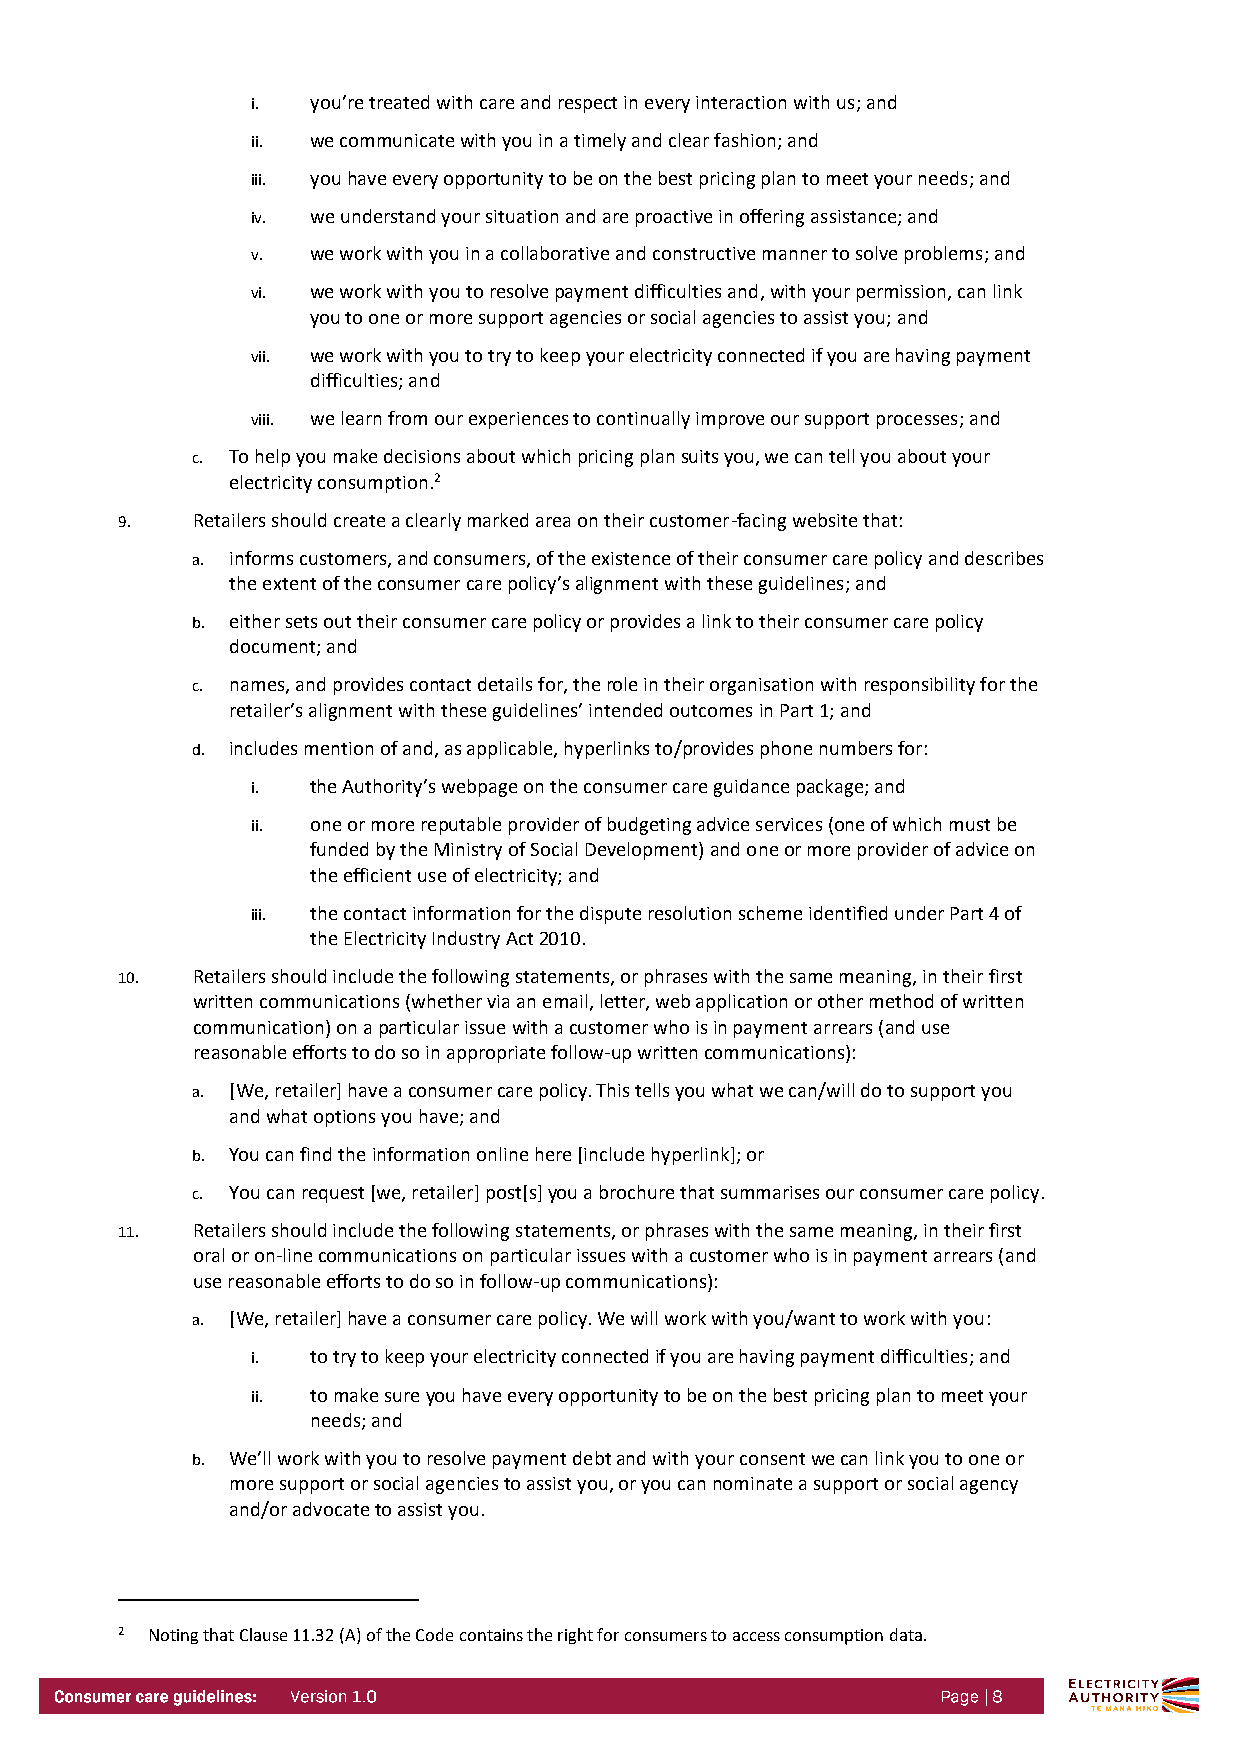
i.  you’re treated with care and respect in every interaction with us; and
 ii. we communicate with you in a timely and clear fashion; and
 iii. you have every opportunity to be on the best pricing plan to meet your needs; and
 iv. we understand your situation and are proactive in offering assistance; and
 v.  we work with you in a collaborative and constructive manner to solve problems; and
 vi. we work with you to resolve payment difficulties and, with your permission, can link
 you to one or more support agencies or social agencies to assist you; and
 vii. we work with you to try to keep your electricity connected if you are having payment
 difficulties; and
 viii. we learn from our experiences to continually improve our support processes; and
 c. To help you make decisions about which pricing plan suits you, we can tell you about your
 electricity consumption.2
 9.   Retailers should create a clearly marked area on their customer-facing website that:
 a. informs customers, and consumers, of the existence of their consumer care policy and describes
 the extent of the consumer care policy’s alignment with these guidelines; and
 b. either sets out their consumer care policy or provides a link to their consumer care policy
 document; and
 c. names, and provides contact details for, the role in their organisation with responsibility for the
 retailer’s alignment with these guidelines’ intended outcomes in Part 1; and
 d. includes mention of and, as applicable, hyperlinks to/provides phone numbers for:
 i.  the Authority’s webpage on the consumer care guidance package; and
 ii. one or more reputable provider of budgeting advice services (one of which must be
 funded by the Ministry of Social Development) and one or more provider of advice on
 the efficient use of electricity; and
 iii. the contact information for the dispute resolution scheme identified under Part 4 of
 the Electricity Industry Act 2010.
 10.  Retailers should include the following statements, or phrases with the same meaning, in their first
 written communications (whether via an email, letter, web application or other method of written
 communication) on a particular issue with a customer who is in payment arrears (and use
 reasonable efforts to do so in appropriate follow-up written communications):
 a. [We, retailer] have a consumer care policy. This tells you what we can/will do to support you
 and what options you have; and
 b. You can find the information online here [include hyperlink]; or
 c. You can request [we, retailer] post[s] you a brochure that summarises our consumer care policy.
 11.  Retailers should include the following statements, or phrases with the same meaning, in their first
 oral or on-line communications on particular issues with a customer who is in payment arrears (and
 use reasonable efforts to do so in follow-up communications):
 a. [We, retailer] have a consumer care policy. We will work with you/want to work with you:
 i.  to try to keep your electricity connected if you are having payment difficulties; and
 ii. to make sure you have every opportunity to be on the best pricing plan to meet your
 needs; and
 b. We’ll work with you to resolve payment debt and with your consent we can link you to one or
 more support or social agencies to assist you, or you can nominate a support or social agency
 and/or advocate to assist you.
 2 Noting that Clause 11.32 (A) of the Code contains the right for consumers to access consumption data.